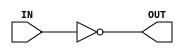
module INV
( 
input wire IN,
output wire OUT
);

assign OUT = ~ IN ;
endmodule